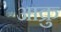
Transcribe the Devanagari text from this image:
आक्रु